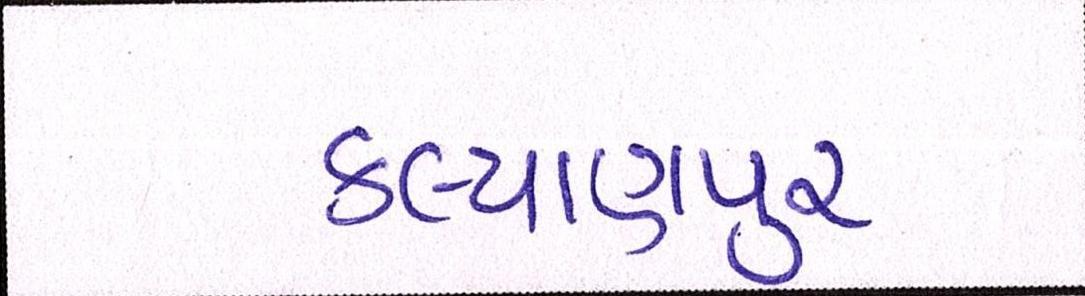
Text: કલ્યાણપુર